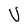
Character: V